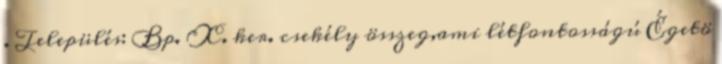
. Település: Bp. X. ker. csekély összeg,ami létfontosságú Égetö